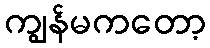
ကျွန်မကတော့